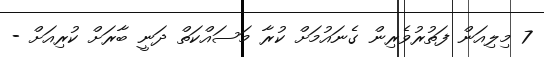
7 މިލިއަން ފަތުރުވެރިން ގެނައުމަށް ކުރާ މަސައްކަތް ދަނީ ބާރަށް ކުރިއަށް -